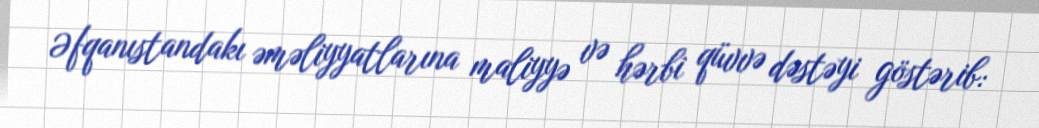
Əfqanıstandakı əməliyyatlarına maliyyə və hərbi qüvvə dəstəyi göstərib: